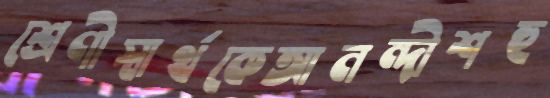
শ্রেণীস্বার্থকেআনন্দীশহু